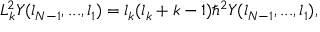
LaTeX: L _ { k } ^ { 2 } Y ( l _ { N - 1 } , . . . , l _ { 1 } ) = l _ { k } ( l _ { k } + k - 1 ) \hbar ^ { 2 } Y ( l _ { N - 1 } , . . . , l _ { 1 } ) ,